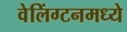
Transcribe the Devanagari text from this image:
वेलिंग्टनमध्ये